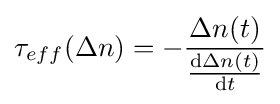
\tau _{eff}(\Delta n)=-{\frac {\Delta n(t)}{\frac {\mathrm {d} \Delta n(t)}{\mathrm {d} t}}}